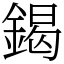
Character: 鍻